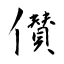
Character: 儧